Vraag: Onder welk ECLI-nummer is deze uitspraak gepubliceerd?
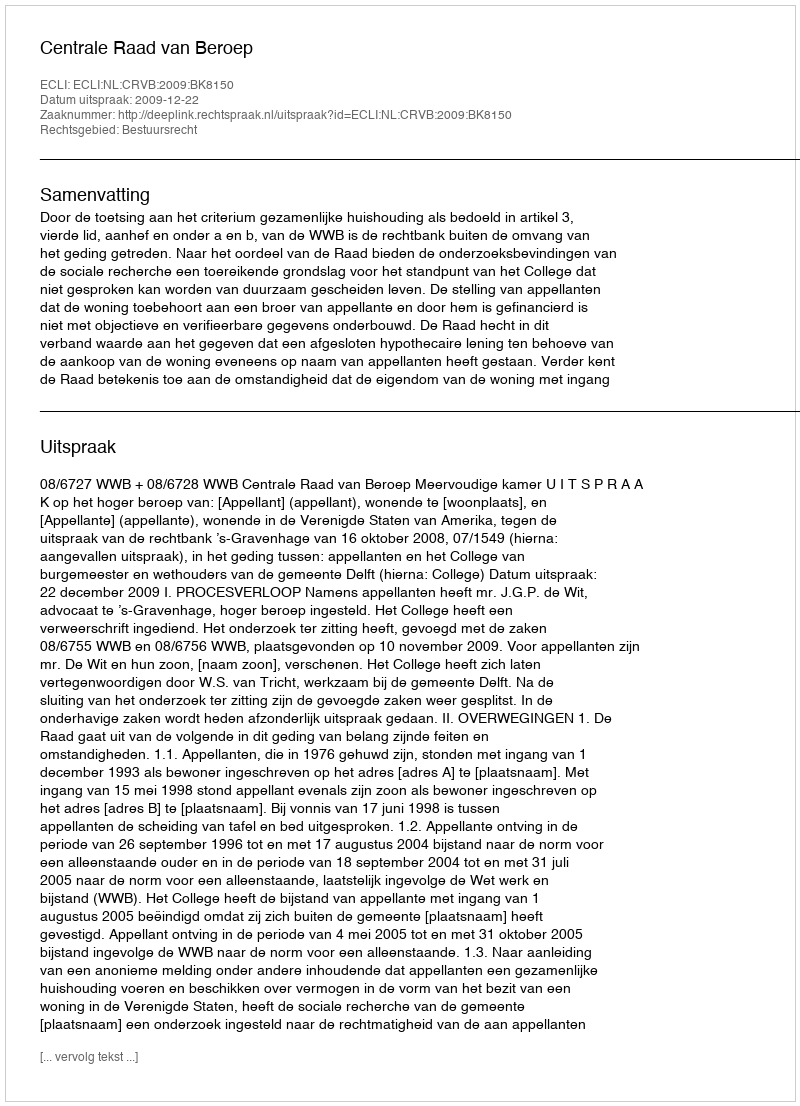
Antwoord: ECLI:NL:CRVB:2009:BK8150